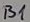
Text: B1